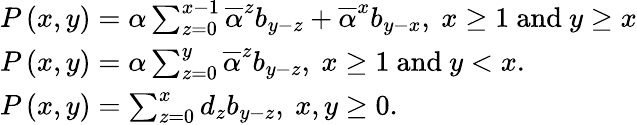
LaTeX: \begin{array}{l}{P\left(x,y\right)=\alpha\sum_{z=0}^{x-1}\overline{{\alpha}}^{z}b_{y-z}+\overline{{\alpha}}^{x}b_{y-x}\mathrm{,~}x\geq 1\mathrm{~and~}y\geq x}\\ {P\left(x,y\right)=\alpha\sum_{z=0}^{y}\overline{{\alpha}}^{z}b_{y-z}\mathrm{,~}x\geq 1\mathrm{~and~}y<x.}\\ {P\left(x,y\right)=\sum_{z=0}^{x}d_{z}b_{y-z}\mathrm{,~}x,y\geq 0.}\end{array}